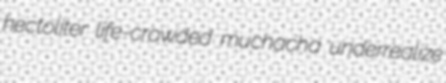
hectoliter life-crowded muchacha underrealize